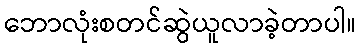
ဘောလုံးစတင်ဆွဲယူလာခဲ့တာပါ။